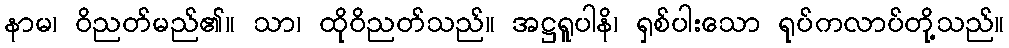
နာမ၊ ဝိညတ်မည်၏။ သာ၊ ထိုဝိညတ်သည်။ အဋ္ဌရူပါနိ၊ ရှစ်ပါးသော ရုပ်ကလာပ်တို့သည်။